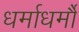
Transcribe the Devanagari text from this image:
धर्माधर्मौ